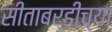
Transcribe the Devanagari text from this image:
सीताबर्डीच्या